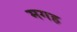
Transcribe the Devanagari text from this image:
मगह